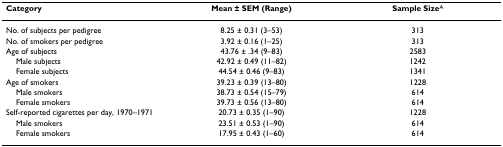
| Category | Mean ± SEM (Range) | Sample SizeA |
 | --- | --- | --- |
 | No. of subjects per pedigree | 8.25 ± 0.31 (3–53) | 313 |
 | No. of smokers per pedigree | 3.92 ± 0.16 (1–25) | 313 |
 | Age of subjects | 43.76 ± .34 (9–83) | 2583 |
 | Male subjects | 42.92 ± 0.49 (11–82) | 1242 |
 | Female subjects | 44.54 ± 0.46 (9–83) | 1341 |
 | Age of smokers | 39.23 ± 0.39 (13–80) | 1228 |
 | Male smokers | 38.73 ± 0.54 (15–79) | 614 |
 | Female smokers | 39.73 ± 0.56 (13–80) | 614 |
 | Self-reported cigarettes per day, 1970–1971 | 20.73 ± 0.35 (1–90) | 1228 |
 | Male smokers | 23.51 ± 0.53 (1–90) | 614 |
 | Female smokers | 17.95 ± 0.43 (1–60) | 614 |